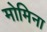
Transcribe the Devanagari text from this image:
मोमिना